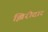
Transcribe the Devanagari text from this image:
झिरीदार